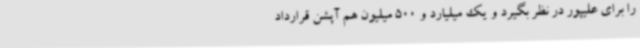
را برای علیپور در نظر بگیرد و یک میلیارد و 500 میلیون هم آپشن قرارداد